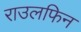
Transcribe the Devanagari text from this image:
राउलफिन